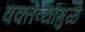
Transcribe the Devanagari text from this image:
वक्तव्यामुळे